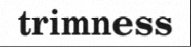
trimness